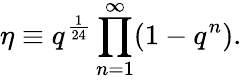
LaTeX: \eta\equiv q^{\frac 1{24}}\prod_{n=1}^{\infty}(1-q^{n}).